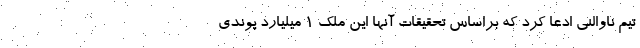
تیم ناوالنی ادعا کرد که براساس تحقیقات آنها این ملک 1 میلیارد پوندی